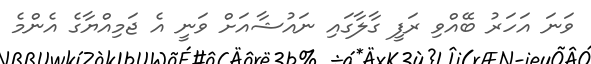
ވަނަ އަހަރު ބޭއްވި ރަފީ ގާލާގައި ނައުޝާއަށް ވަނީ އެ ޖަމިއްޔާގެ އެންމެ